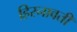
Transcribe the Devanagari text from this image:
हिरनावती